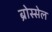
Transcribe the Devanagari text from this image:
ब्रोस्सेल